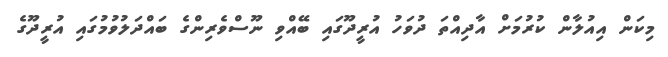
މިކަން އިއުލާން ކުރުމަށް އާދިއްތަ ދުވަހު އުރީދޫގައި ބޭއްވި ނޫސްވެރިންގެ ބައްދަލުވުމުގައި އުރީދޫގެ